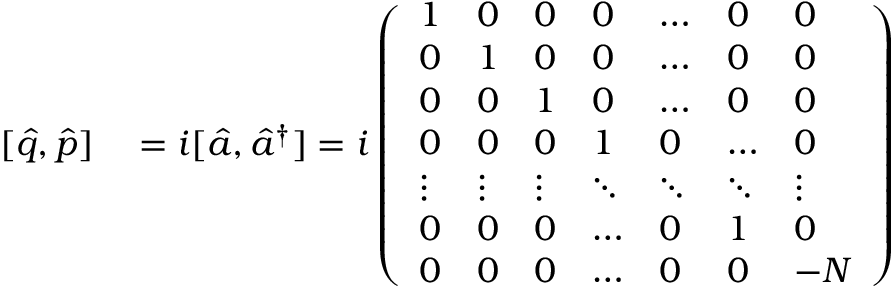
\begin{array} { r l } { [ \hat { q } , \hat { p } ] } & { { } = i [ \hat { a } , \hat { a } ^ { \dagger } ] = i \left( \begin{array} { l l l l l l l } { 1 } & { 0 } & { 0 } & { 0 } & { \dots } & { 0 } & { 0 } \\ { 0 } & { 1 } & { 0 } & { 0 } & { \dots } & { 0 } & { 0 } \\ { 0 } & { 0 } & { 1 } & { 0 } & { \dots } & { 0 } & { 0 } \\ { 0 } & { 0 } & { 0 } & { 1 } & { 0 } & { \dots } & { 0 } \\ { \vdots } & { \vdots } & { \vdots } & { \ddots } & { \ddots } & { \ddots } & { \vdots } \\ { 0 } & { 0 } & { 0 } & { \dots } & { 0 } & { 1 } & { 0 } \\ { 0 } & { 0 } & { 0 } & { \dots } & { 0 } & { 0 } & { - N } \end{array} \right) } \end{array}